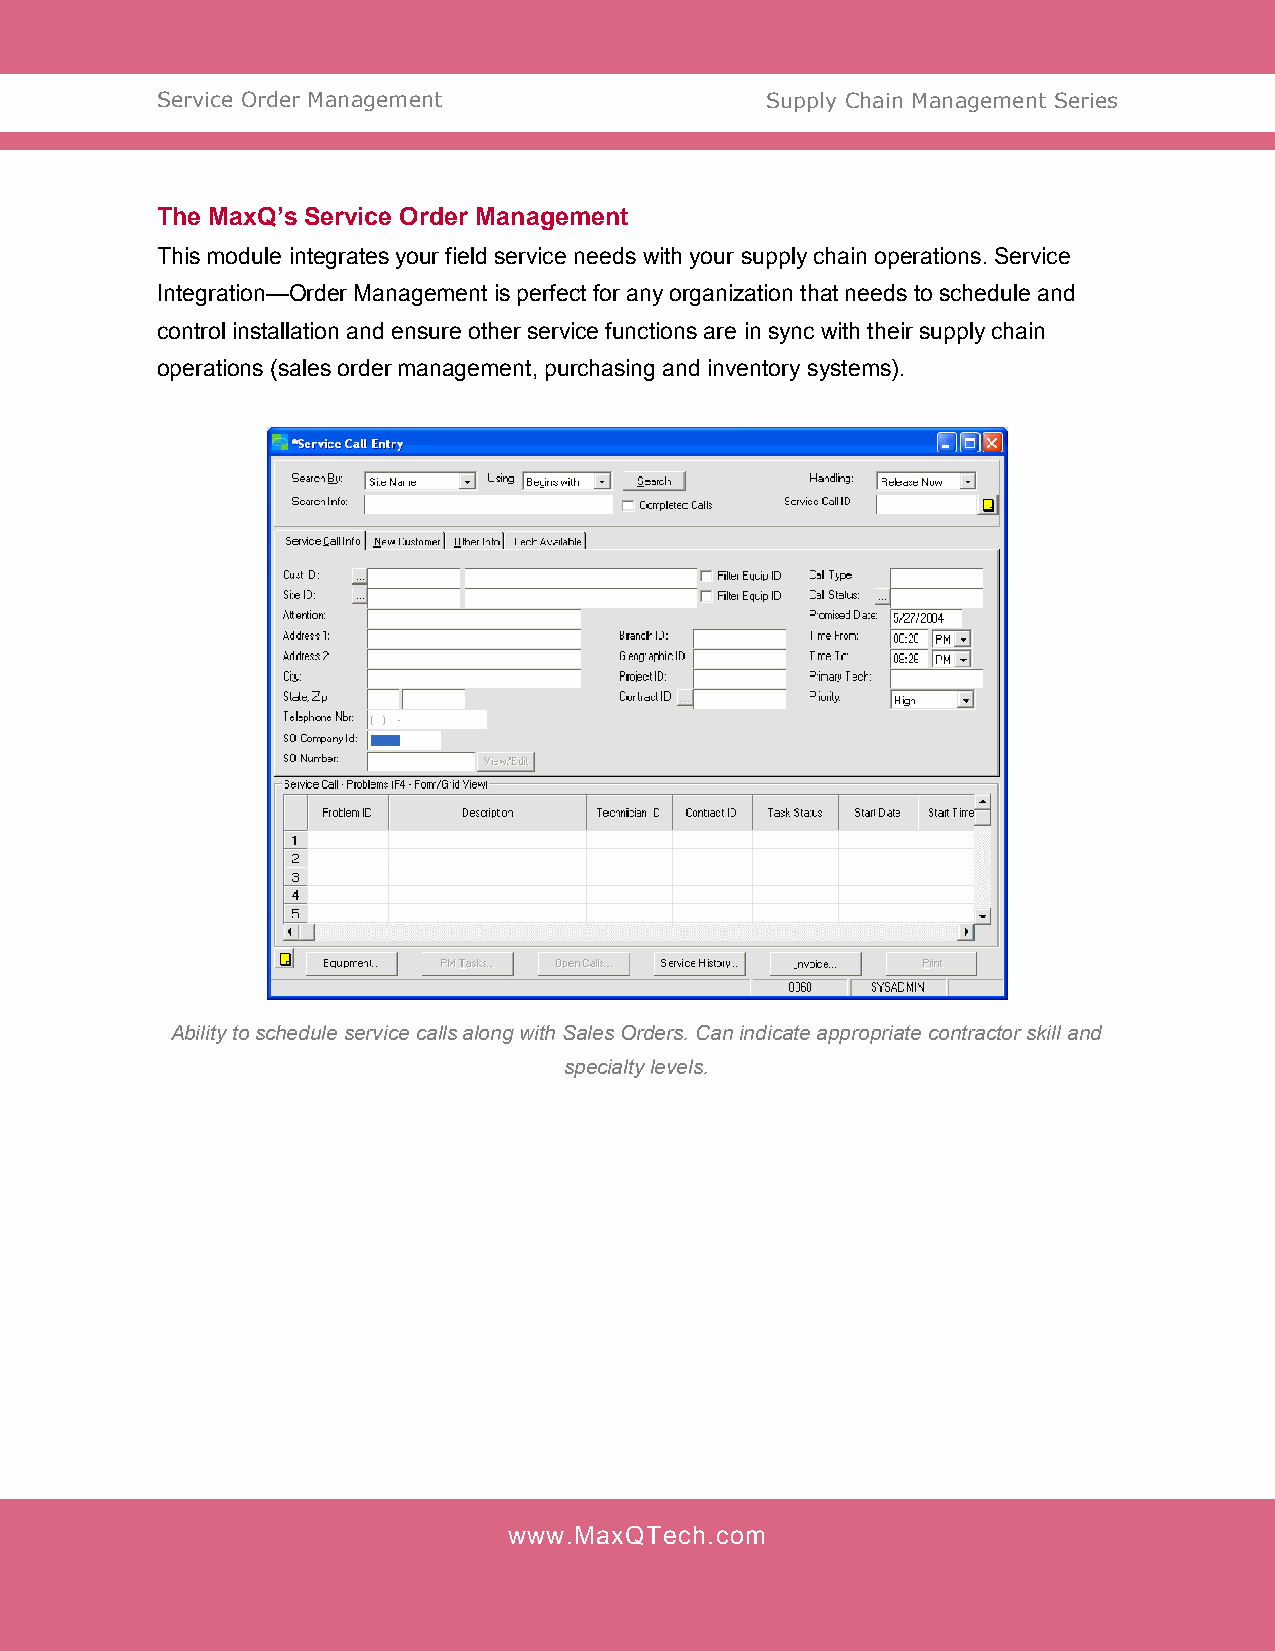
Service Order Management                 Supply Chain Management Series
 The MaxQ’s Service Order Management
 This module integrates your field service needs with your supply chain operations. Service
 Integration—Order Management is perfect for any organization that needs to schedule and
 control installation and ensure other service functions are in sync with their supply chain
 operations (sales order management, purchasing and inventory systems).
 Ability to schedule service calls along with Sales Orders. Can indicate appropriate contractor skill and
 specialty levels.
 www.MaxQTech.com